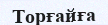
Торғайға